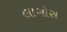
લાગોસ